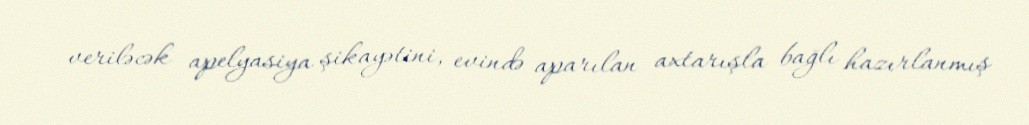
veriləcək apelyasiya şikayətini, evində aparılan axtarışla bağlı hazırlanmış